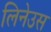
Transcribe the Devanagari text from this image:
लिनेउस